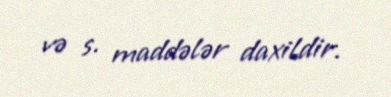
və s. maddələr daxildir.